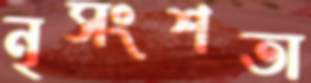
নৃসংশতা